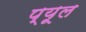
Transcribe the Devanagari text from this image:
प्यूल